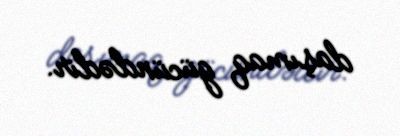
daşımaq gücündədir.